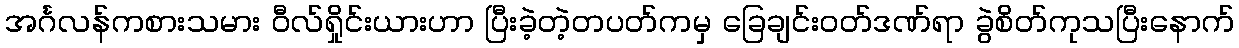
အင်္ဂလန်ကစားသမား ဝီလ်ရှိုင်းယားဟာ ပြီးခဲ့တဲ့တပတ်ကမှ ခြေချင်းဝတ်ဒဏ်ရာ ခွဲစိတ်ကုသပြီးနောက်